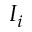
I _ { i }